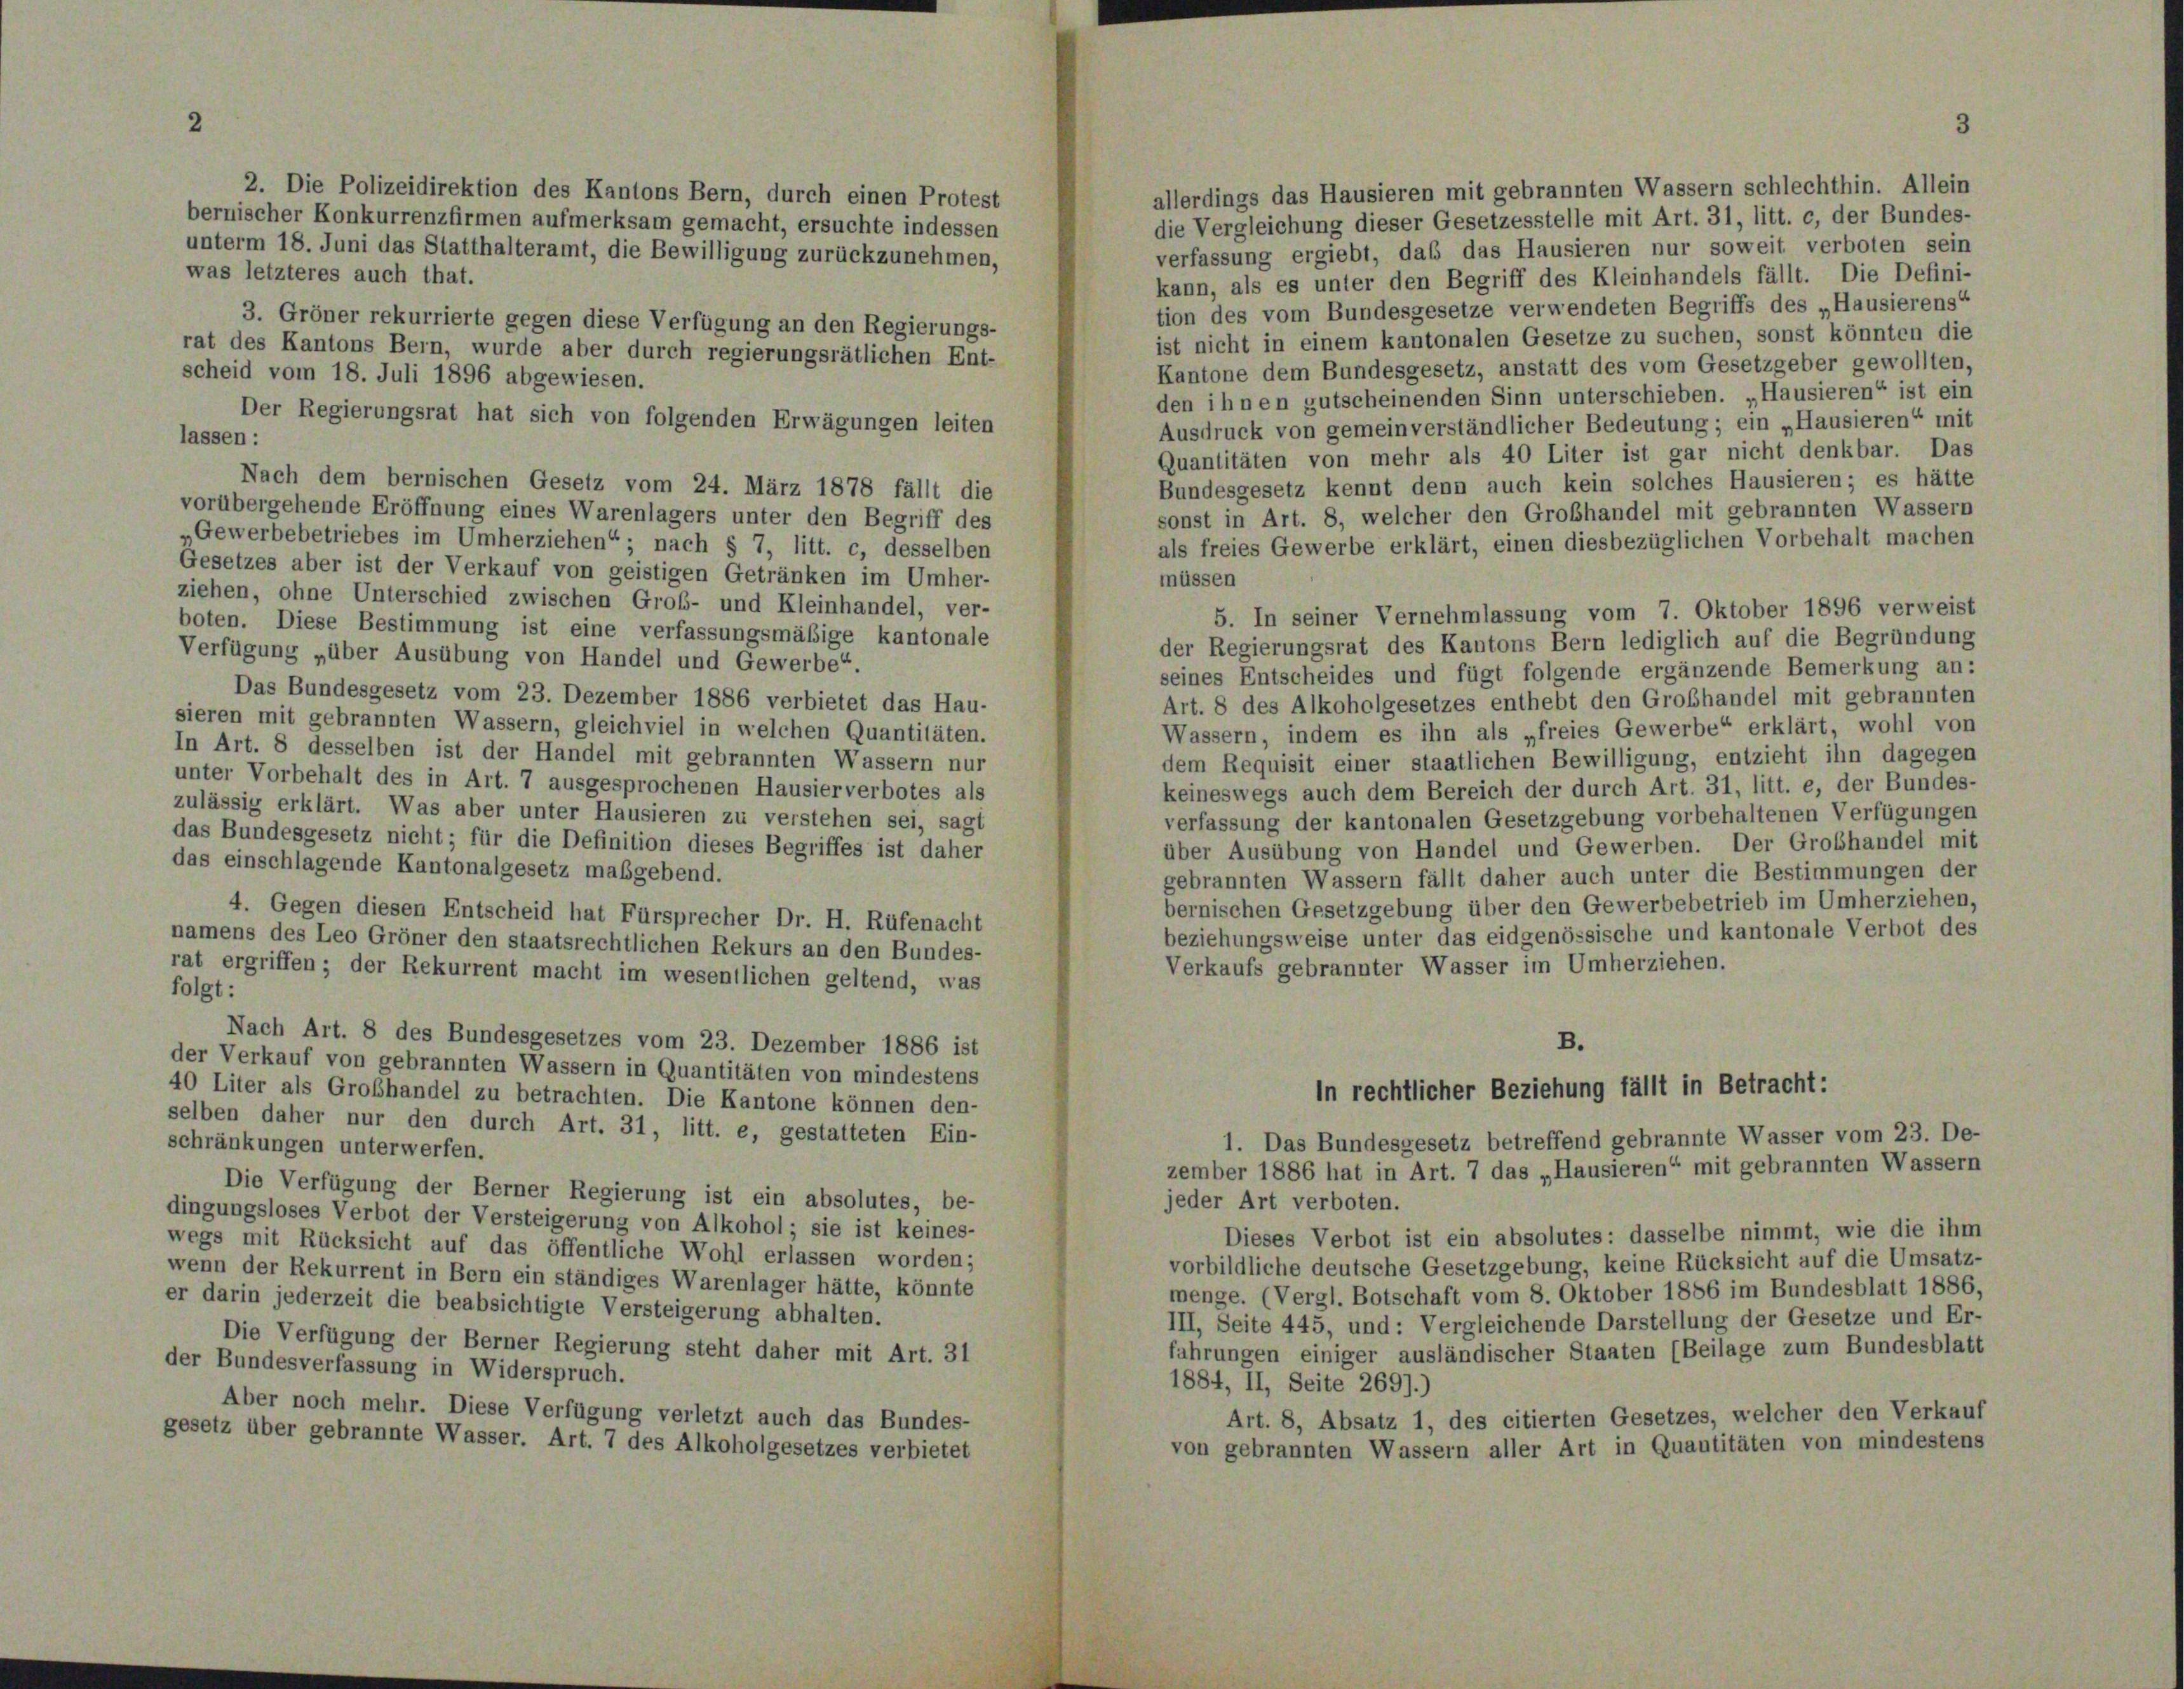
2. Die Polizeidirektion des Kantons Bern, durch einen Protest
bernischer Konkurrenzfirmen aufmerksam gemacht, ersuchte indessen
unterm 18. Juni das Statthalteramt, die Bewilligung zurückzunehmen,
was letzteres auch that.
3. Gröner rekurrierte gegen diese Verfügung an den Regierungs-
rat des Kantons Bern, wurde aber durch regierungsrätlichen Ent-
scheid vom 18. Juli 1896 abgewiesen.
Der Regierungsrat hat sich von folgenden Erwägungen leiten
lassen:
Nach dem bernischen Gesetz vom 24. März 1878 fällt die
vorübergehende Eröffnung eines Warenlagers unter den Begriff des
„Gewerbebetriebes im Umherziehen“; nach § 7, litt. c, desselben
Gesetzes aber ist der Verkauf von geistigen Getränken im Umher-
ziehen, ohne Unterschied zwischen Grob- und Kleinhandel, ver-
boten. Diese Bestimmung ist eine verfassungsmäßige kantonale
Verfügung „über Ausübung von Handel und Gewerbe“.
Das Bundesgesetz vom 23. Dezember 1886 verbietet das Hau-
sieren mit gebrannten Wassern, gleichviel in welchen Quantitäten.
In Art. 8 desselben ist der Handel mit gebrannten Wassern nur
unter Vorbehalt des in Art. 7 ausgesprochenen Hausierverbotes als
zulässig erklärt. Was aber unter Hausieren zu verstehen sei, sagt
das Bundesgesetz nicht; für die Definition dieses Begriffes ist daher
das einschlagende Kantonalgesetz maßgebend.
4. Gegen diesen Entscheid hat Fürsprecher Dr. H. Rüfenacht
namens des Leo Gröner den staatsrechtlichen Rekurs an den Bundes-
rat ergriffen; der Rekurrent macht im wesentlichen geltend, was
folgt:
Nach Art. 8 des Bundesgesetzes vom 23. Dezember 1886 ist
B.
der Verkauf von gebrannten Wassern in Quantitäten von mindestens
In rechtlicher Beziehung fällt in Betracht:
40 Liter als Grobhandel zu betrachten. Die Kantone können den-
selben daher nur den durch Art. 31, litt. e, gestatteten Ein-
1. Das Bundesgesetz betreffend gebrannte Wasser vom 23. De-
schränkungen unterwerfen.
zember 1886 hat in Art. 7 das „Hausieren“ mit gebrannten Wassern
Die Verfügung der Berner Regierung ist ein absolutes, be-
jeder Art verboten.
dingungsloses Verbot der Versteigerung von Alkohol; sie ist keines-
Dieses Verbot ist ein absolutes: dasselbe nimmt, wie die ihm
wegs mit Rücksicht auf das öffentliche Wohl erlassen worden;
vorbildliche deutsche Gesetzgebung, keine Rücksicht auf die Umsatz-
wenn der Rekurrent in Bern ein ständiges Warenlager hätte, könnte
menge. (Vergl. Botschaft vom 8. Oktober 1886 im Bundesblatt 1886,
er darin jederzeit die beabsichtigte Versteigerung abhalten.
III, Seite 445, und: Vergleichende Darstellung der Gesetze und Er-
Die Verfügung der Berner Regierung steht daher mit Art. 31
fahrungen einiger ausländischer Staaten (Beilage zum Bundesblatt
der Bundesverfassung in Widerspruch.
1884, II, Seite 269).)
Aber noch mehr. Diese Verfügung verletzt auch das Bundes-
Art. 8, Absatz 1, des citierten Gesetzes, welcher den Verkauf
gesetz über gebrannte Wasser. Art. 7 des Alkoholgesetzes verbietet
von gebrannten Wassern aller Art in Quantitäten von mindestens

3

allerdings das Hausieren mit gebrannten Wassern schlechthin. Allein
die Vergleichung dieser Gesetzesstelle mit Art. 31, litt. c, der Bundes-
verfassung ergiebt, das das Hausieren nur soweit verboten sein
kann, als es unter den Begriff des Kleinhandels fällt. Die Defini-
tion des vom Bundesgesetze verwendeten Begriffs des „Hausierens“
ist nicht in einem kantonalen Gesetze zu suchen, sonst könnten die
Kantone dem Bundesgesetz, anstatt des vom Gesetzgeber gewollten,
den ihnen gutscheinenden Sinn unterschieben. „Hausieren“ ist ein
Ausdruck von gemeinverständlicher Bedeutung; ein „Hausieren“ mit
Quantitäten von mehr als 40 Liter ist gar nicht denkbar. Das
Bundesgesetz kennt denn auch kein solches Hausieren; es hätte
sonst in Art. 8, welcher den Grobhandel mit gebrannten Wassern
als freies Gewerbe erklärt, einen diesbezüglichen Vorbehalt machen
müssen
5. In seiner Vernehmlassung vom 7. Oktober 1896 verweist
der Regierungsrat des Kantons Bern lediglich auf die Begründung
seines Entscheides und fügt folgende ergänzende Bemerkung an:
Art. 8 des Alkoholgesetzes enthebt den Großhandel mit gebrannten
Wassern, indem es ihn als „freies Gewerbe“ erklärt, wohl von
dem Requisit einer staatlichen Bewilligung, entzieht ihn dagegen
keineswegs auch dem Bereich der durch Art. 31, litt. e, der Bundes-
verfassung der kantonalen Gesetzgebung vorbehaltenen Verfügungen
über Ausübung von Handel und Gewerben. Der Grobhandel mit
gebrannten Wassern fällt daher auch unter die Bestimmungen der
bernischen Gesetzgebung über den Gewerbebetrieb im Umherziehen,
beziehungsweise unter das eidgenössische und kantonale Verbot des
Verkaufs gebrannter Wasser im Umherziehen.